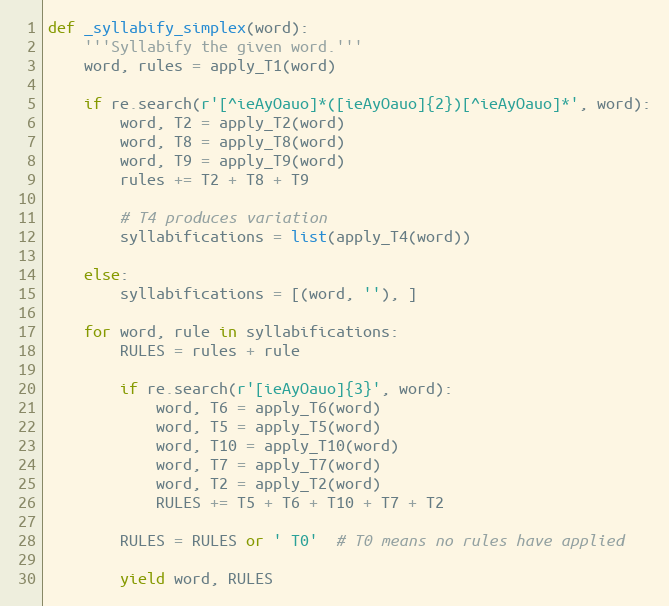
Language: Python
def _syllabify_simplex(word):
    '''Syllabify the given word.'''
    word, rules = apply_T1(word)

    if re.search(r'[^ieAyOauo]*([ieAyOauo]{2})[^ieAyOauo]*', word):
        word, T2 = apply_T2(word)
        word, T8 = apply_T8(word)
        word, T9 = apply_T9(word)
        rules += T2 + T8 + T9

        # T4 produces variation
        syllabifications = list(apply_T4(word))

    else:
        syllabifications = [(word, ''), ]

    for word, rule in syllabifications:
        RULES = rules + rule

        if re.search(r'[ieAyOauo]{3}', word):
            word, T6 = apply_T6(word)
            word, T5 = apply_T5(word)
            word, T10 = apply_T10(word)
            word, T7 = apply_T7(word)
            word, T2 = apply_T2(word)
            RULES += T5 + T6 + T10 + T7 + T2

        RULES = RULES or ' T0'  # T0 means no rules have applied

        yield word, RULES